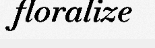
floralize